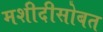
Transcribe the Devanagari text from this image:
मशीदीसोबत